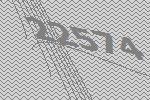
22574